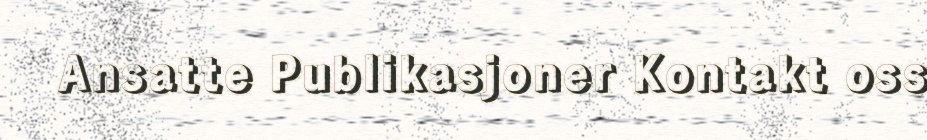
Ansatte Publikasjoner Kontakt oss